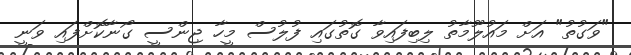
"ވަގުތު" އަށް މައުލޫމާތު ލިބިފައިވާ ގޮތުގައި ފުލުސް މީހާ ޖިންސީ ގޯނާކޮށްފައި ވަނީ